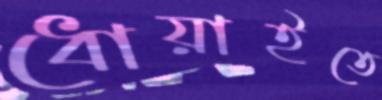
ধোয়াইতে